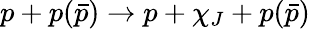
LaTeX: p+p(\bar{p})\rightarrow p+\chi_{J}+p(\bar{p})